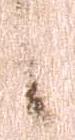
候